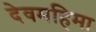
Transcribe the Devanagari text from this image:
देवमहिमा